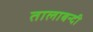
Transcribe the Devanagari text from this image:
तालाबन्दी